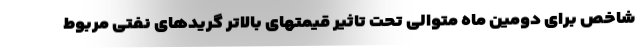
شاخص برای دومین ماه متوالی تحت تاثیر قیمتهای بالاتر گریدهای نفتی مربوط